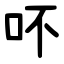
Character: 吥